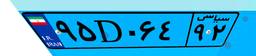
۶۵D۲۹۸۶۱